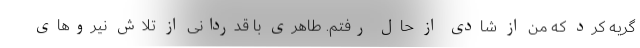
گریه کرد که من از شادی از حال رفتم. طاهری با قدردانی از تلاش نیروهای